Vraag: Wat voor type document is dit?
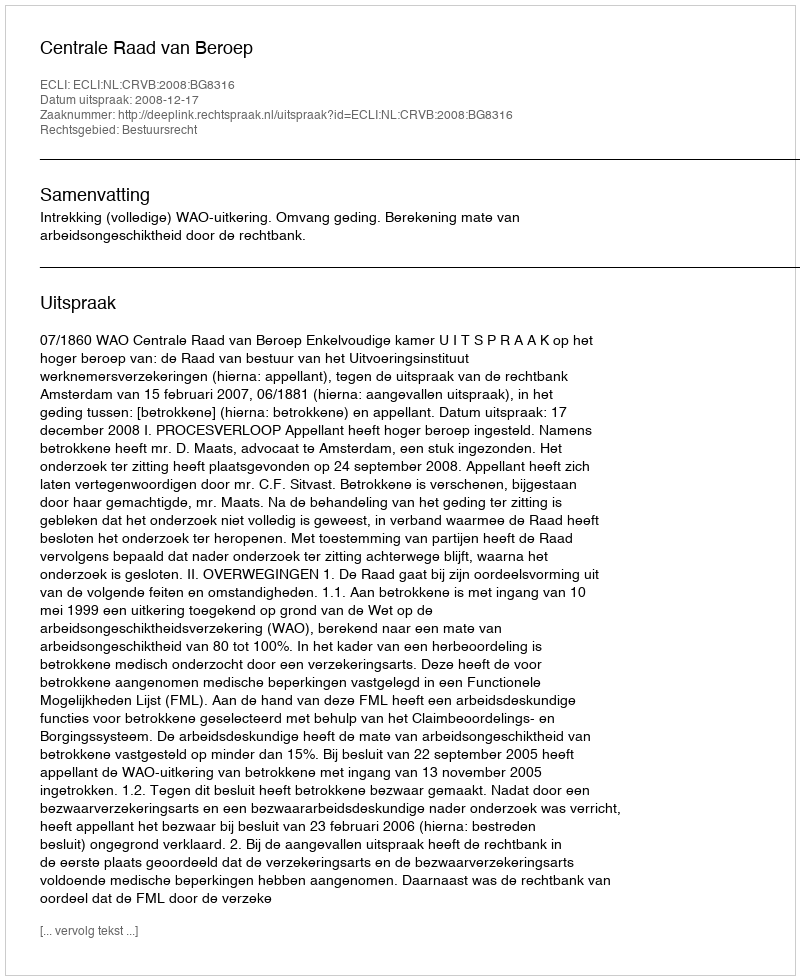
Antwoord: Uitspraak